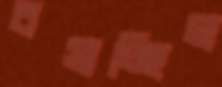
বসাচ্ছিল